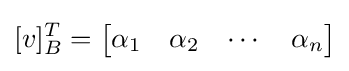
[v]_{B}^{T}={\begin{bmatrix}\alpha _{1}&\alpha _{2}&\cdots &\alpha _{n}\end{bmatrix}}